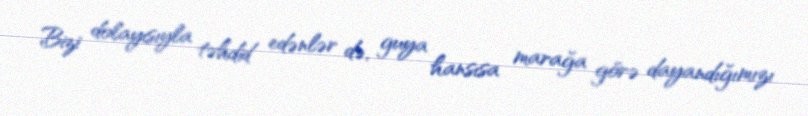
Bizi dolayısıyla təhdid edənlər də, guya hansısa marağa görə dayandığımızı